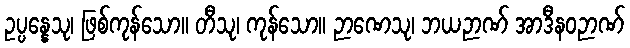
ဥပ္ပန္နေသု၊ ဖြစ်ကုန်သော။ တီသု၊ ကုန်သော။ ဉာဏေသု၊ ဘယဉာဏ် အာဒီနဝဉာဏ်